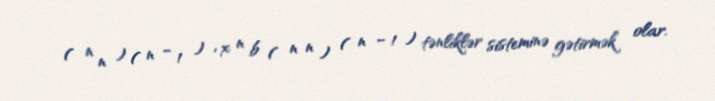
( n n ) ( n − 1 ) ′ x n b ( n n ) ( n − 1 ) tənliklər sisteminə gətirmək olar.